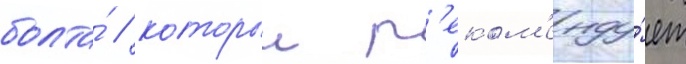
болта́ / которыи р'еком'енду́ет